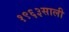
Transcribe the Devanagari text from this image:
१९६३साली